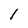
Character: l